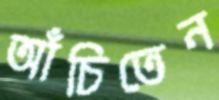
আঁচিতেন